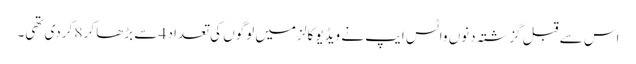
اس سے قبل گزشتہ دنوں واٹس ایپ نے ویڈیو کالز میں لوگوں کی تعداد 4 سے بڑھا کر 8 کردی تھی۔